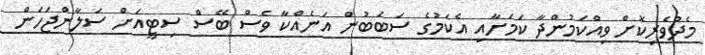
މެދުވެރިކޮށް ވިއްކަމުންދާ ކަމަށާއި އެކަމުގެ ސަބަބުން އަނެއްކާ ވެސް ބޭސް ސިޓީއަށް ސަލާންޖަހަން